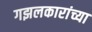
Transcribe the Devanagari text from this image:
गझलकारांच्या